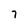
Character: 7